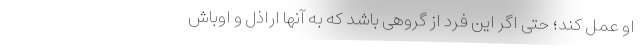
او عمل کند؛ حتی اگر این فرد از گروهی باشد که به آنها اراذل و اوباش